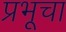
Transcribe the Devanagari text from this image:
प्रभूचा